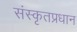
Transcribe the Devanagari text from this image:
संस्कृतप्रधान